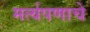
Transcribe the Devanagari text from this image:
मर्त्यपणाचे